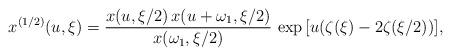
LaTeX: \begin{align*}x^{(1/2)}(u,\xi) = {x(u,\xi/2)\,x(u+\omega_{1},\xi/2)\over x(\omega_{1},\xi/2)}\,\exp{[u(\zeta(\xi)-2\zeta(\xi/2))]},\end{align*}